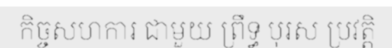
កិច្ចសហការ ជាមួយ ព្រឹទ្ធ បុរស ប្រវត្តិ